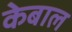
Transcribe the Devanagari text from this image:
केबाल